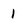
Character: 1